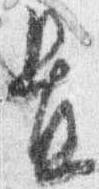
置